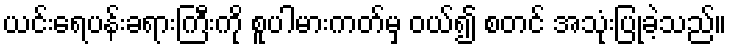
ယင်းရေပန်းခရားကြီးကို စူပါမားကတ်မှ ဝယ်၍ စတင် အသုံးပြုခဲ့သည်။